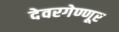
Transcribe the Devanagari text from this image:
देवरगेण्णूर